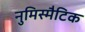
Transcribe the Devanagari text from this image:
नुमिस्मैटिक